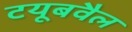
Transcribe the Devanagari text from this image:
टयूबवैल